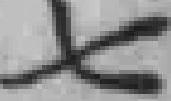
七